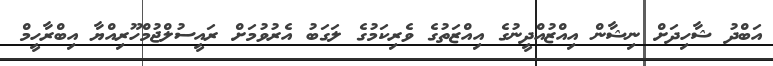
އަބްދު ޝާހިދަށް ނިޝާން އިއްޒުއްދީނުގެ އިއްޒަތުގެ ވެރިކަމުގެ ލަގަބު އެރުވުމަށް ރައީސުލްޖުމްހޫރިއްޔާ އިބްރާހީމް